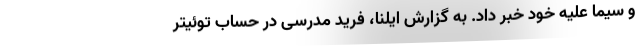
و سیما علیه خود خبر داد. به گزارش ایلنا، فرید مدرسی در حساب توئیتر